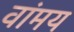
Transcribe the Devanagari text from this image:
वांमय